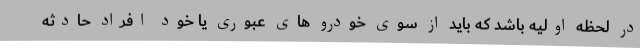
در لحظه اولیه باشد که باید از سوی خودرو های عبوری یا خود افراد حادثه